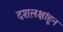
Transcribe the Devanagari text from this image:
दशल़क्षांहून